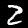
Label: 2